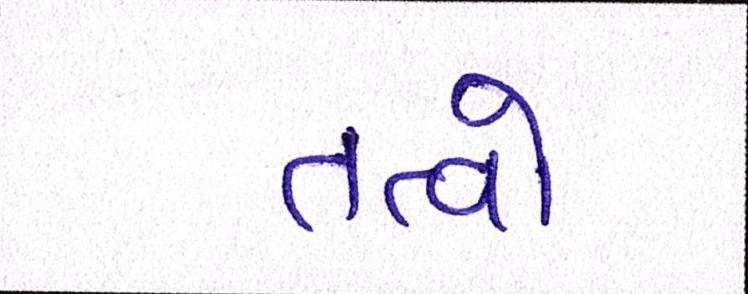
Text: તત્ત્વો